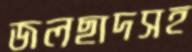
জলছাদসহ